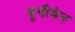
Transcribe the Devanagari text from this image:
बूगीमेन